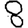
Digit: 8